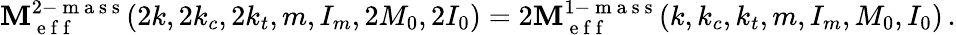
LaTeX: \mathbf{M}_{\mathrm{~e~f~f~}}^{2-\mathrm{~m~a~s~s~}}(2k,2k_{c},2k_{t},m,I_{m},2M_{0},2I_{0})=2\mathbf{M}_{\mathrm{~e~f~f~}}^{1-\mathrm{~m~a~s~s~}}(k,k_{c},k_{t},m,I_{m},M_{0},I_{0})\, .